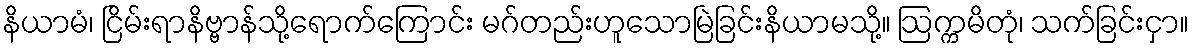
နိယာမံ၊ ငြိမ်းရာနိဗ္ဗာန်သို့ရောက်ကြောင်း မဂ်တည်းဟူသောမြဲခြင်းနိယာမသို့။ ဩက္ကမိတုံ၊ သက်ခြင်းငှာ။